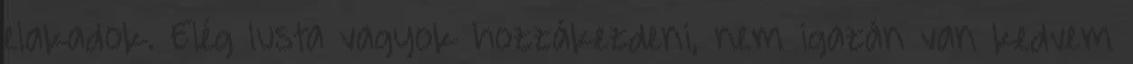
elakadok. Elég lusta vagyok hozzákezdeni, nem igazán van kedvem